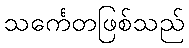
သင်္ကေတဖြစ်သည်